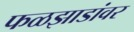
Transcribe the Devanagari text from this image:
फळझाडांवर